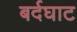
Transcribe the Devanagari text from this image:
बर्दघाट